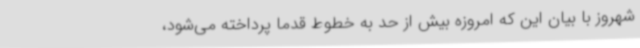
شهروز با بیان این که امروزه بیش از حد به خطوط قدما پرداخته می‌شود،